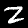
Digit: 2